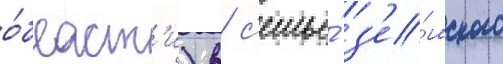
о́бласт'и) в с'емье́ з'е́мского